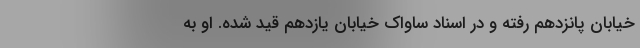
خیابان پانزدهم رفته و در اسناد ساواک خیابان یازدهم قید شده. او به